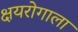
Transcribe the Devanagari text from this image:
क्षयरोगाला